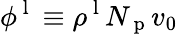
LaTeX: \phi^{\mathrm{~l~}}\equiv\rho^{\mathrm{~l~}}N_{\mathrm{~p~}}v_{0}